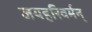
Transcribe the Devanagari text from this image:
जयहरिवर्मन्